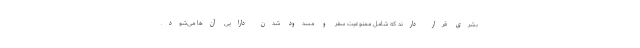
بشری قرار دارند که شامل ممنوعیت سفر و مسدود شدن دارایی آن‌ها می‌شود.